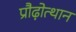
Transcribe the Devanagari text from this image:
प्रौढ़ोत्थान